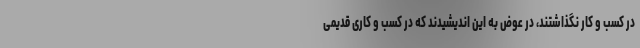
در کسب و کار نگذاشتند، در عوض به این اندیشیدند که در کسب و کاری قدیمی